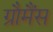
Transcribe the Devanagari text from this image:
ग्रौमैंस